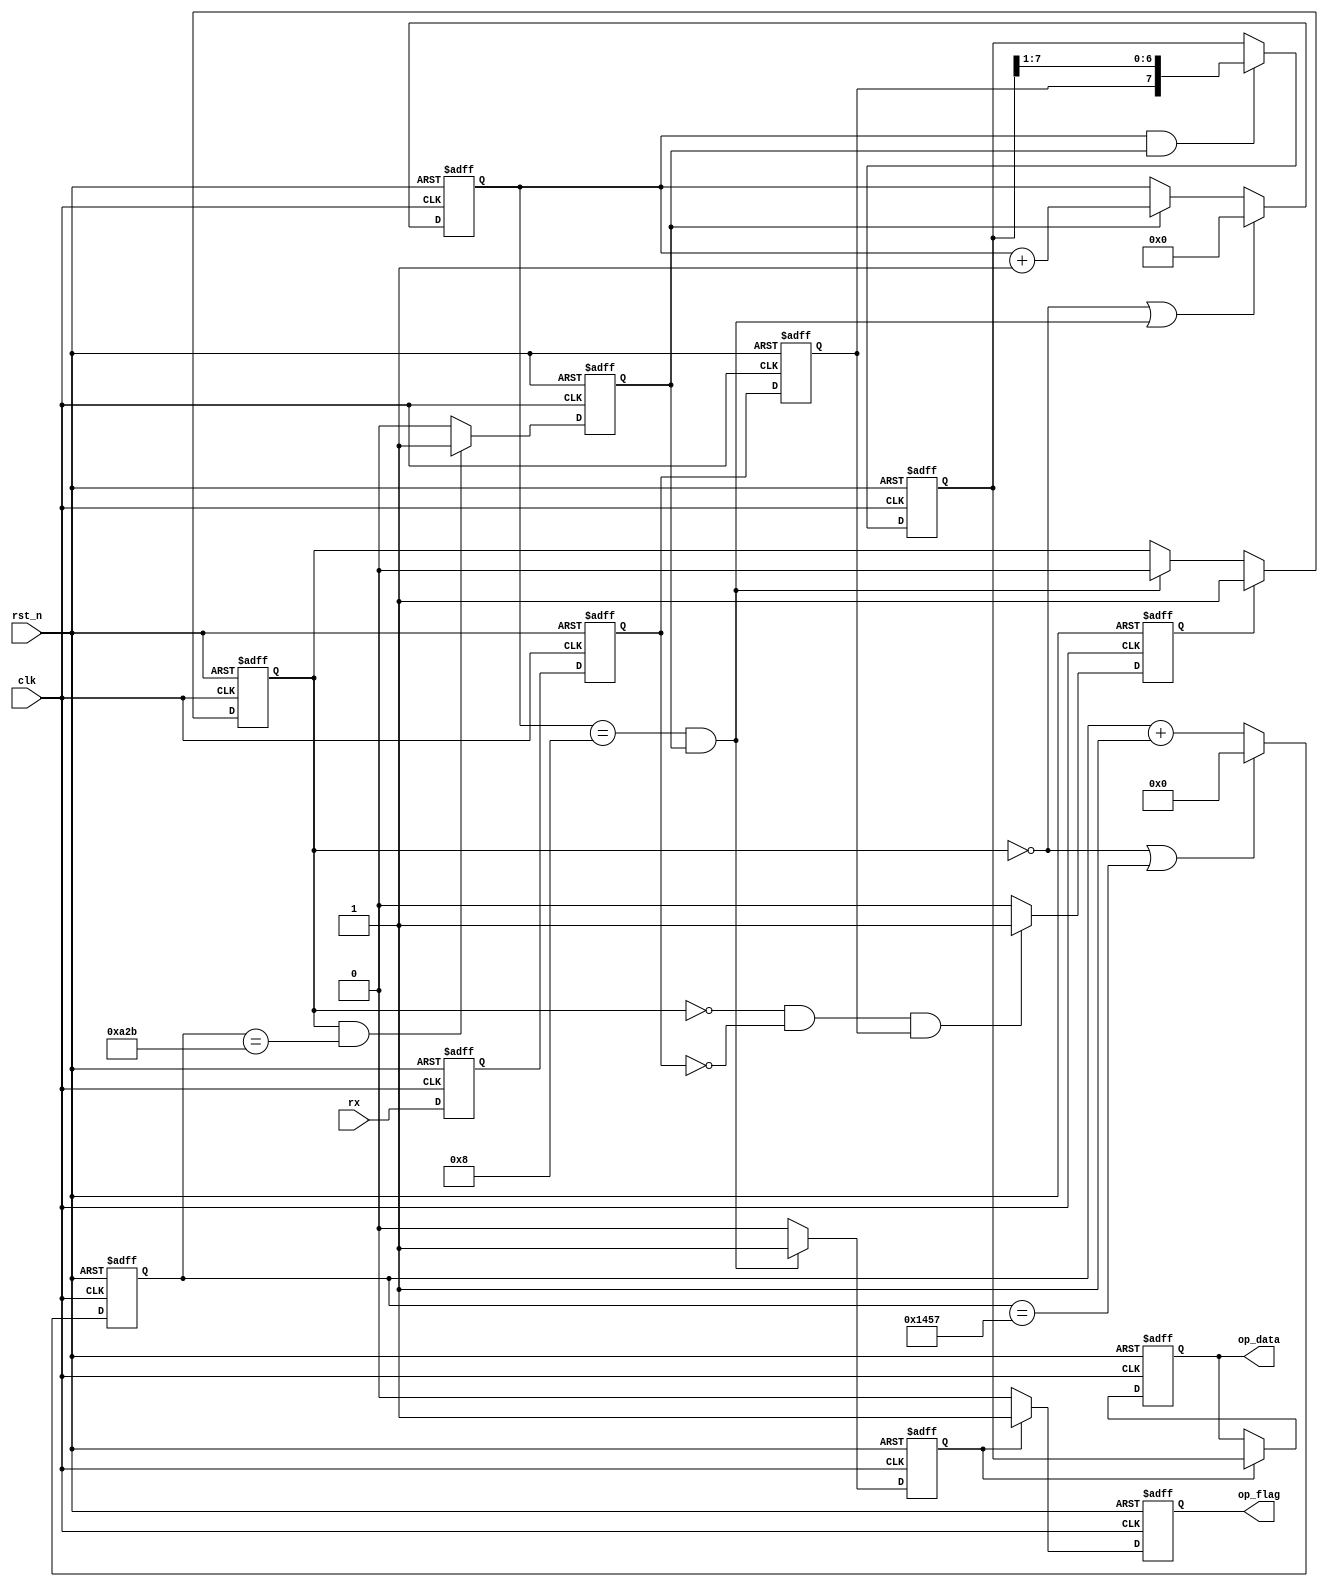
module UART_Rx (
	input clk,
	input rst_n,
	input rx,
	output reg [7:0] op_data,
	output reg op_flag
);

	//
	reg rx_clap_1;
	reg rx_clap_2;
	reg rx_clap_3;

	reg start_flag;	//receive
	reg work_en;	//

	reg [15:0] baud_cnt;	//

	reg bit_flag;	//
	reg [3:0] bit_cnt;	//

	reg [7:0] rx_data;	//
	reg rx_flag;	//

	//
	always @(posedge clk or negedge rst_n) begin
		if(~rst_n) begin
			rx_clap_1 <= 1'd1;
			rx_clap_2 <= 1'd1;
			rx_clap_3 <= 1'd1;
		end else begin
			rx_clap_1 <= rx;
			rx_clap_2 <= rx_clap_1;
			rx_clap_3 <= rx_clap_2;
		end
	end

	/**/
	always @(posedge clk or negedge rst_n) begin
		if(~rst_n) begin
			start_flag <= 1'd0;
		end else if(work_en != 1'd1 && rx_clap_2 == 1'd0 && rx_clap_3 == 1'd1) begin
			start_flag <= 1'd1;
		end else begin
			start_flag <= 1'd0;
		end
	end

	/**/
	always @(posedge clk or negedge rst_n) begin
		if(~rst_n) begin
			work_en <= 1'd0;
		end else if(start_flag == 1'd1) begin
			work_en <= 1'd1;
		end else if(bit_cnt == 4'd8 && bit_flag) begin
			work_en <= 1'd0;
		end else begin
			work_en <= work_en;
		end
	end

	/*baud*/
	always @(posedge clk or negedge rst_n) begin
		if(~rst_n) begin
			baud_cnt <= 16'd0;
		end else if(!work_en || baud_cnt == 16'd5207) begin
			baud_cnt <= 16'd0;
		end else begin
			baud_cnt <= baud_cnt + 16'd1;
		end
	end

	/*bit_flag*/
	always @(posedge clk or negedge rst_n) begin
		if(~rst_n) begin
			bit_flag <= 1'd0;
		end else if(work_en && baud_cnt == 16'd2603) begin
			bit_flag <= 1'd1;
		end else begin
			bit_flag <= 1'd0;
		end
	end

	/*bit_flag*/
	always @(posedge clk or negedge rst_n) begin
		if(~rst_n) begin
			bit_cnt <= 4'd0;
		end else if(!work_en || (bit_cnt == 4'd8 && bit_flag))begin
			bit_cnt <= 4'd0;
		end else if(bit_flag) begin
			bit_cnt <= bit_cnt + 4'd1;
		end else begin
			bit_cnt <= bit_cnt;
		end
	end

	/*rx_data*/
	always @(posedge clk or negedge rst_n) begin
		if(~rst_n) begin
			rx_data <= 8'h00;
		end else if(bit_cnt && bit_flag) begin
			rx_data <= {rx_clap_3,rx_data[7:1]};
		end else begin
			rx_data <= rx_data;
		end
	end

	/*rx_flag*/
	always @(posedge clk or negedge rst_n) begin
		if(~rst_n) begin
			rx_flag <= 1'd0;
		end else if(bit_cnt == 4'd8 && bit_flag) begin
			rx_flag <= 1'd1;
		end else begin
			rx_flag <= 1'd0;
		end
	end

	/*output op_data*/
	always @(posedge clk or negedge rst_n) begin
		if(~rst_n) begin
			op_data <= 8'h00;
		end else if(rx_flag) begin
			op_data <= rx_data;
		end else begin
			op_data <= op_data;
		end
	end

	/*output op_flag*/
	always @(posedge clk or negedge rst_n) begin
		if(~rst_n) begin
			op_flag <= 1'd0;
		end else if(rx_flag) begin
			op_flag <= 1'd1;
		end else begin
			op_flag <= 1'd0;
		end
	end


endmodule